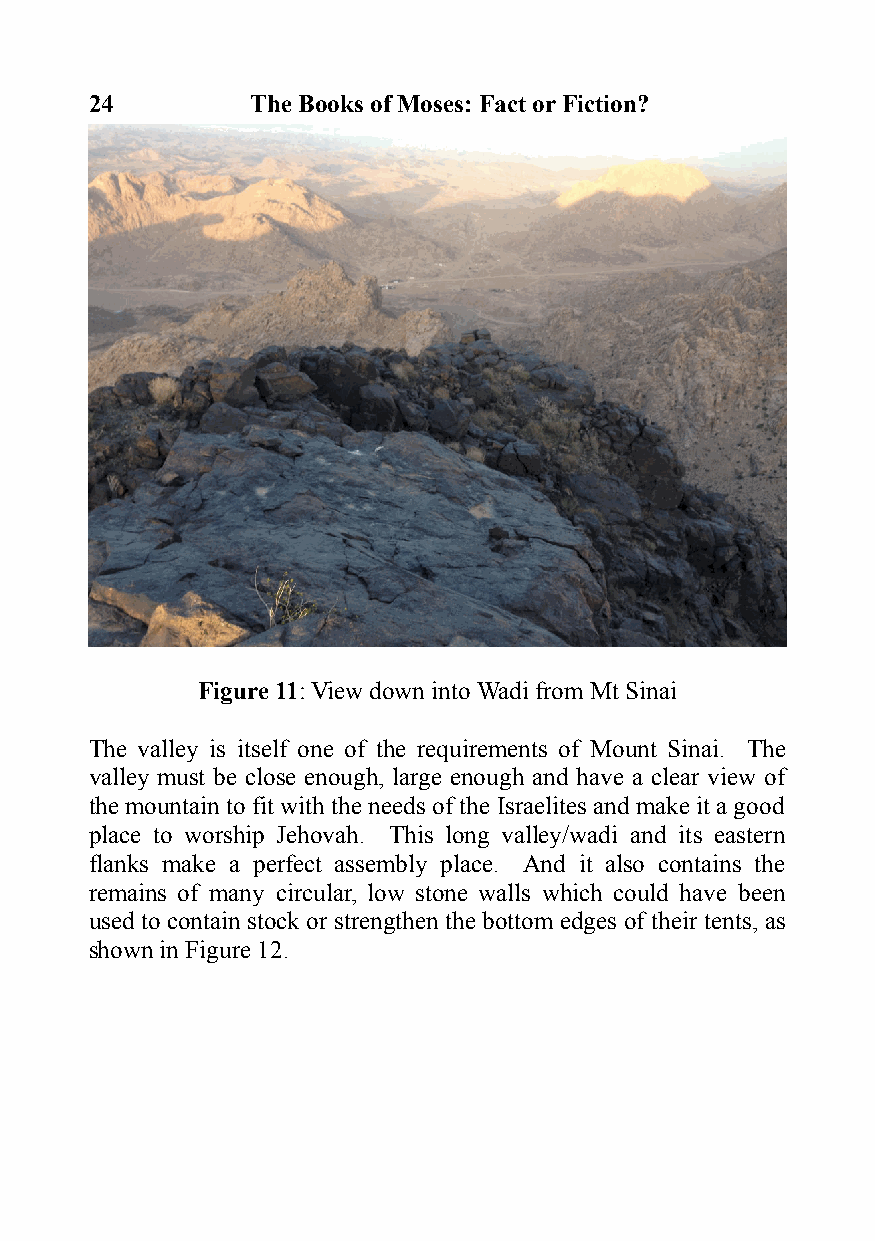
24         The Books of Moses: Fact or Fiction?
 Figure 11: View down into Wadi from Mt Sinai
 The valley is itself one of the requirements of Mount Sinai. The
 valley must be close enough, large enough and have a clear view of
 the mountain to fit with the needs of the Israelites and make it a good
 place to worship Jehovah. This long valley/wadi and its eastern
 flanks make a perfect assembly place. And it also contains the
 remains of many circular, low stone walls which could have been
 used to contain stock or strengthen the bottom edges of their tents, as
 shown in Figure 12.